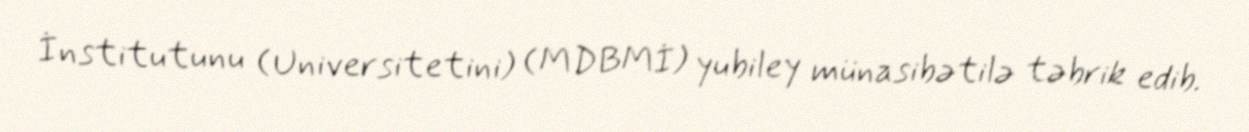
İnstitutunu (Universitetini) (MDBMİ) yubiley münasibətilə təbrik edib.